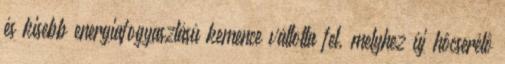
és kisebb energiafogyasztású kemence váltotta fel, melyhez új hôcserélô